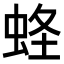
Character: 𧋮